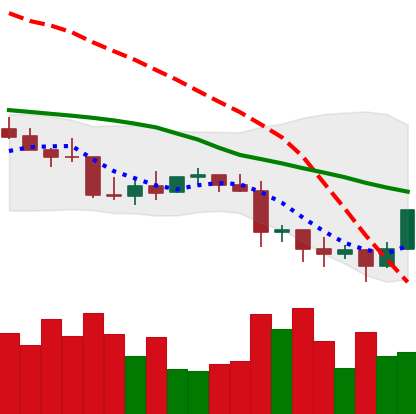
Ticker: LTC-USD
Chart end date: 2022-01-12
Forward return: 7.006%
Label: up_7plus